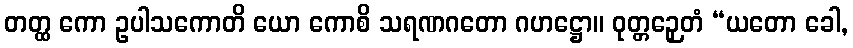
တတ္ထ ကော ဥပါသကောတိ ယော ကောစိ သရဏဂတော ဂဟဋ္ဌော။ ဝုတ္တဉှေတံ “ယတော ခေါ,